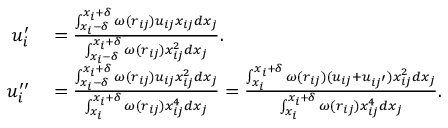
\begin{array} { r l } { u _ { i } ^ { \prime } } & { { } = \frac { \int _ { x _ { i } - \delta } ^ { x _ { i } + \delta } \omega ( r _ { i j } ) u _ { i j } x _ { i j } d x _ { j } } { \int _ { x _ { i } - \delta } ^ { x _ { i } + \delta } \omega ( r _ { i j } ) x _ { i j } ^ { 2 } d x _ { j } } . } \\ { u _ { i } ^ { \prime \prime } } & { { } = \frac { \int _ { x _ { i } - \delta } ^ { x _ { i } + \delta } \omega ( r _ { i j } ) u _ { i j } x _ { i j } ^ { 2 } d x _ { j } } { \int _ { x _ { i } } ^ { x _ { i } + \delta } \omega ( r _ { i j } ) x _ { i j } ^ { 4 } d x _ { j } } = \frac { \int _ { x _ { i } } ^ { x _ { i } + \delta } \omega ( r _ { i j } ) ( u _ { i j } + u _ { i j ^ { \prime } } ) x _ { i j } ^ { 2 } d x _ { j } } { \int _ { x _ { i } } ^ { x _ { i } + \delta } \omega ( r _ { i j } ) x _ { i j } ^ { 4 } d x _ { j } } . } \end{array}